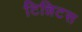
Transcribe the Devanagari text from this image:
टिन्निटस